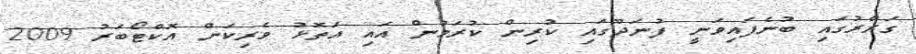
ގަރާރުގައި ބުނެފައިވަނީ ފުނަދޫގައި ކުރިން ކުރަމުން އައި އަތޮޅު ވެރިކަން އޮކްޓޯބަރު 2009